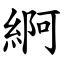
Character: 䋪